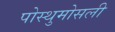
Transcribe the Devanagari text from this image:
पोस्थुमोसली